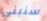
سنبني